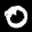
Label: 0